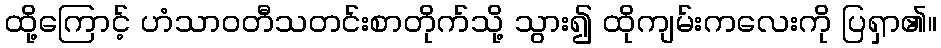
ထို့ကြောင့် ဟံသာဝတီသတင်းစာတိုက်သို့ သွား၍ ထိုကျမ်းကလေးကို ပြရှာ၏။